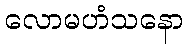
လောမဟံသနော